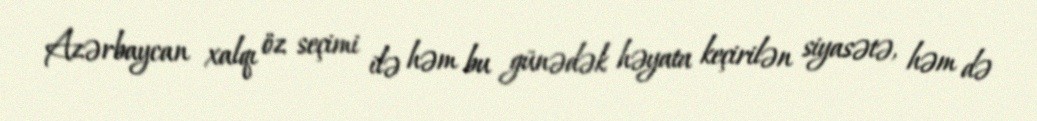
Azərbaycan xalqı öz seçimi ilə həm bu günədək həyata keçirilən siyasətə, həm də